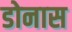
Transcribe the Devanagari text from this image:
डोनास